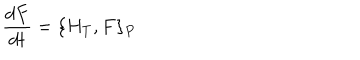
LaTeX: \displaystyle \frac { d F } { d t } = \{ H _ { T } , F \} _ { P }